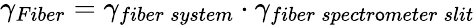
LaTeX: \gamma_{Fiber}=\gamma_{fiber\: system}\cdot\gamma_{fiber\: spectr\mathsf{o}meter\: slit}